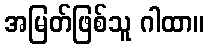
အမြတ်ဖြစ်သူ ဂါထာ။